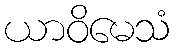
ယာဝိမေသံ